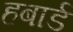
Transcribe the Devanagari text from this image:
हबार्ड